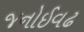
જનોઈવઢ